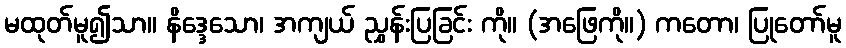
မထုတ်မူ၍သာ။ နိဒ္ဒေသော၊ အကျယ် ညွှန်းပြခြင်း ကို။ (အဖြေကို။) ကတော၊ ပြုတော်မူ